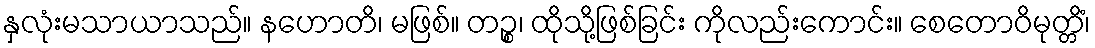
နှလုံးမသာယာသည်။ နဟောတိ၊ မဖြစ်။ တဉ္စ၊ ထိုသို့ဖြစ်ခြင်း ကိုလည်းကောင်း။ စေတောဝိမုတ္တိံ၊